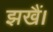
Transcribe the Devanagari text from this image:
झखैं।